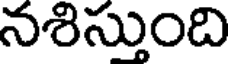
నశిస్తుంది